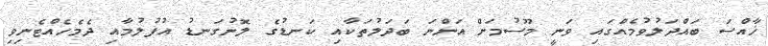
ޚާއްސަ ބައްދަލުވުމެއްގައި ވަނީ މޫސުމަށް އަންނަ ބަދަލުތަކާއި ކަނޑުގެ ލޮނުގަނޑު އުފުލުމާއި ދެމެހެއްޓެނިވި